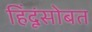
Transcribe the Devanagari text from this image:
हिंदूंसोबत